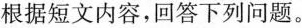
根据短文内容,回答下列问题.